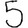
Digit: 5